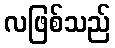
လဖြစ်သည်